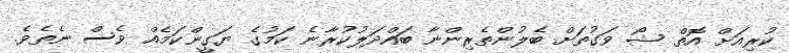
ކުރިއަށް އޮތް ޝޯ ވަގުތަށް ބެލުންތެރިންނާ ބައްދަލުކުރާނެ ކަމުގެ ޔަގީންކަމެއް ވެސް ނެތެވެ.